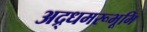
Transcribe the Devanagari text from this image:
अद्र्धमरूभूमि